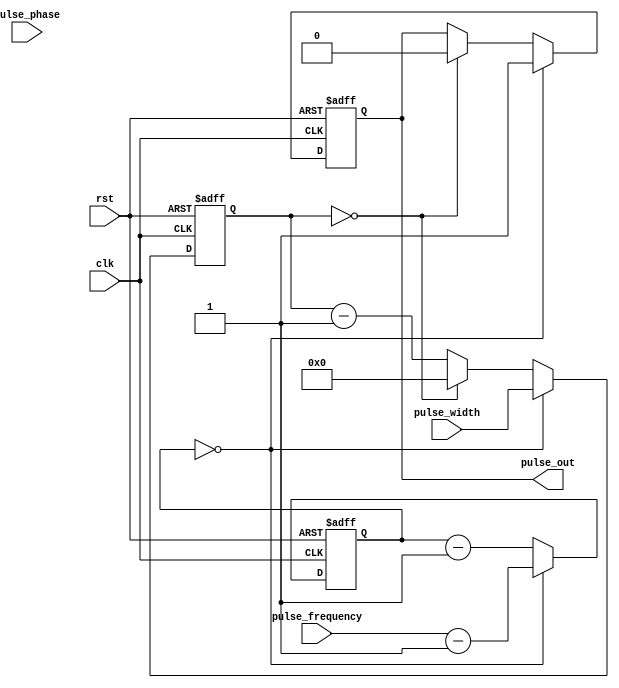
module ProgrammablePulseGenerator(
    input wire clk,
    input wire rst,
    input wire [7:0] pulse_width,
    input wire [7:0] pulse_frequency,
    input wire [7:0] pulse_phase,
    output reg pulse_out
);

reg [7:0] counter;
reg [7:0] delay_counter;

always @(posedge clk or posedge rst) begin
    if (rst == 1'b1) begin
        counter <= 8'd0;
        delay_counter <= 8'd0;
        pulse_out <= 1'b0;
    end else begin
        if (counter == 8'd0) begin
            pulse_out <= 1'b1;
            delay_counter <= pulse_width;
        end else begin
            if (delay_counter == 8'd0) begin
                pulse_out <= 1'b0;
                delay_counter <= 8'd0;
                counter <= counter - 1;
            end else begin
                delay_counter <= delay_counter - 1;
            end
        end
        
        if (counter == 8'd0) begin
            counter <= pulse_frequency - 1;
        end else begin
            counter <= counter - 1;
        end
    end
end

endmodule